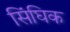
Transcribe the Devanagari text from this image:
सिंघिक